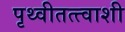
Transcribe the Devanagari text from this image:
पृथ्वीतत्त्वाशी